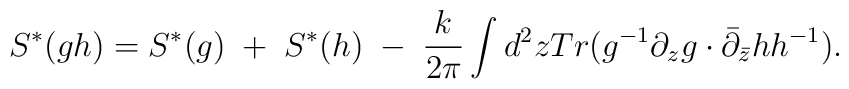
S^{*}(gh)=S^{*}(g)\;+\;S^{*}(h)\;-\;{k\over2\pi}\int d^2zTr(g^{-1}\partial_zg\cdot\bar\partial_{\bar z}hh^{-1}).